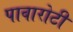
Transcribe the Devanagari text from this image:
पावारोटी